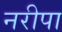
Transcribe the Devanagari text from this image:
नरीपा